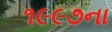
૧૯૯૭ના